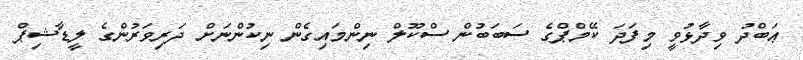
ޢަބްދު ވިދާޅުވީ މިފަދަ ކޭމްޕްގެ ސަބަބުން ސްކޫލް ނިންމައިގެން ނިކުންނަށް ދަރިވަރުންގެ ލީޑާޝިޕް